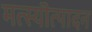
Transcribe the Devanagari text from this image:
मत्स्यॊत्पादन